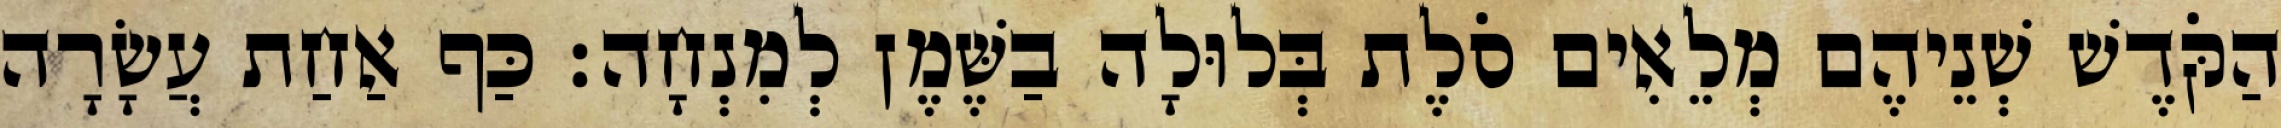
הַקֹּדֶשׁ שְׁנֵיהֶם מְלֵאִים סֹלֶת בְּלוּלָה בַשֶּׁמֶן לְמִנְחָה׃ כַּף אַחַת עֲשָׂרָה